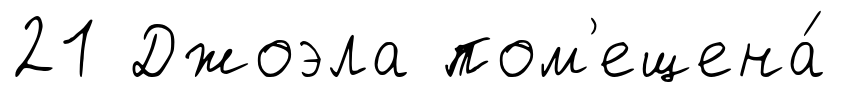
21 Джоэла пом'ещена́